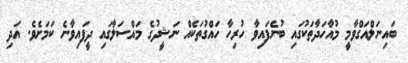
ބައިނަލްއަގްވާމީ މުއާހަދާތަކުގައި ބުނެފައިވާ ހުރިހާ ހައްގުތަކެއް ނަޝީދުގެ މައްސަލާގައި ދީފައިވާނެ ކަމަށެވެ. އަދި